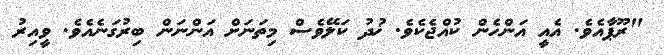
"ރޫޕާއެވެ. އެއީ އަންހެން ކުއްޖެކެވެ. ޚުދު ކަލޭވެސް މިތަނަށް އަންނަން ބިރުގަނެއެވެ. ވީއިރު